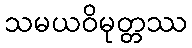
သမယဝိမုတ္တဿ